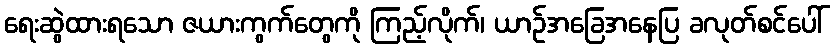
ရေးဆွဲထားရသော ဇယားကွက်တွေကို ကြည့်လိုက်၊ ယာဉ်အခြေအနေပြ ခလုတ်စင်ပေါ်